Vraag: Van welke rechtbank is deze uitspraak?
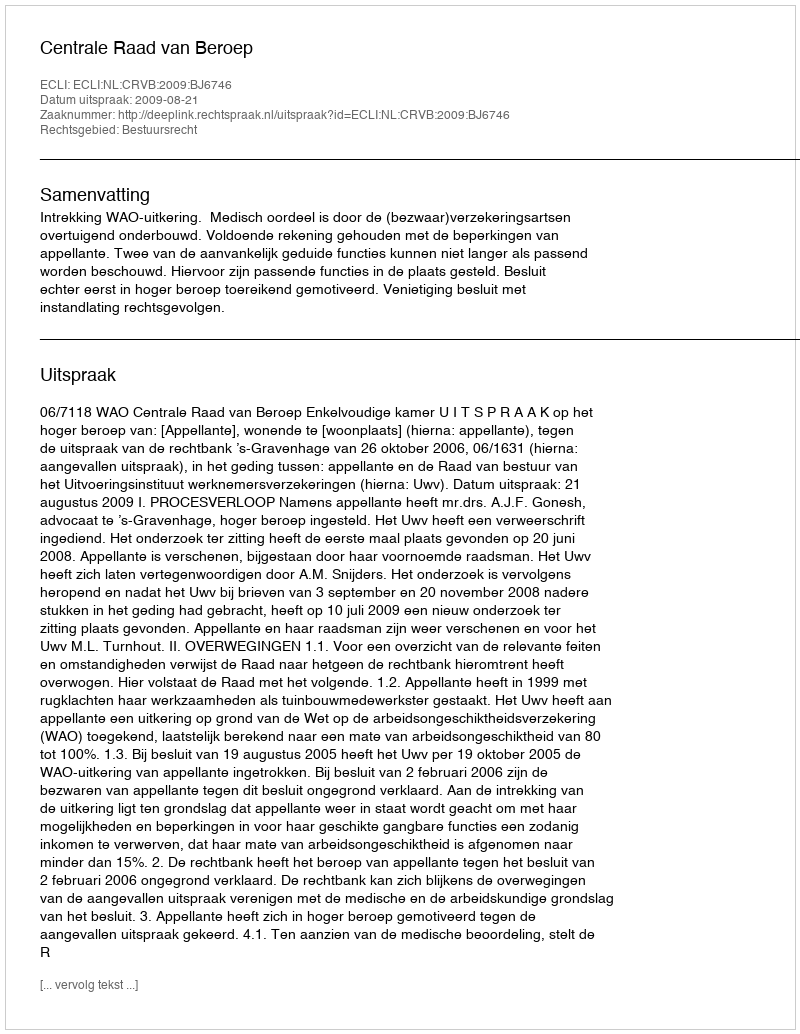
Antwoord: Centrale Raad van Beroep